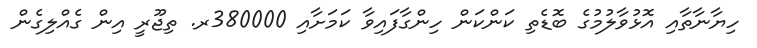
ހިޔާނާތާއި އޮޅުވާލުމުގެ ބޮޑެތި ކަންކަން ހިންގާފައިވާ ކަމަށާއި 380000ރ. ތިޖޫރީ އިން ގެއްލިގެން